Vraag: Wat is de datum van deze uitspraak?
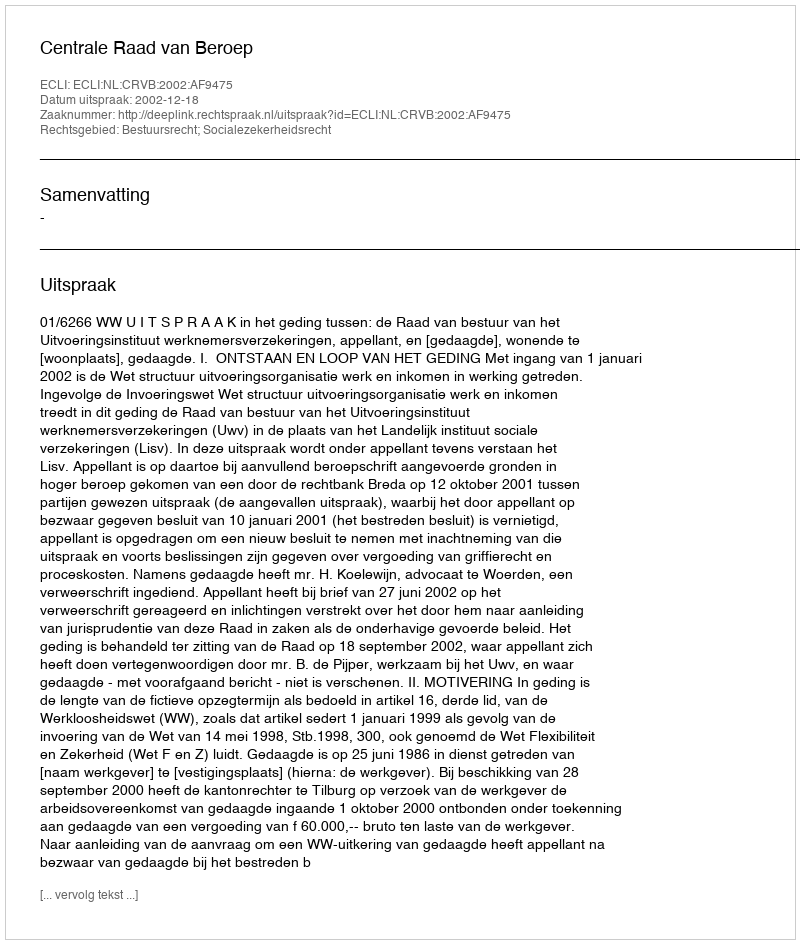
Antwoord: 2002-12-18